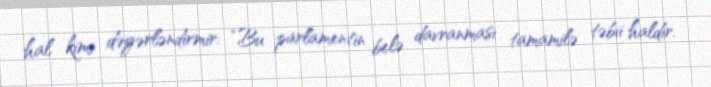
hal kimi dəyərləndirmir: “Bu parlamentin belə davranması tamamilə təbii haldır.